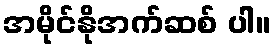
အမိုင်နိုအက်ဆစ် ပါ။